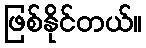
ဖြစ်နိုင်တယ်။